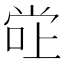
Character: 𫵂